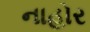
નાહોર